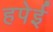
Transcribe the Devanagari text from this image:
हपेई